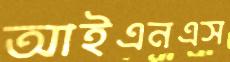
আইএনএস